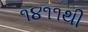
૧૪૧૧થી